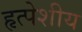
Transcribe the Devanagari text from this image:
हृत्पेशीय